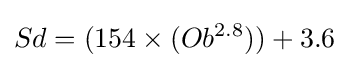
Sd=(154\times (Ob^{2.8}))+3.6